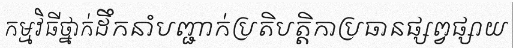
កម្មវិធីថ្នាក់ដឹកនាំបញ្ជាក់ប្រតិបត្តិកាប្រធានផ្សព្វផ្សាយ